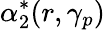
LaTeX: \alpha_{2}^{*}(r,\gamma_{p})